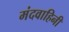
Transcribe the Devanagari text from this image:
मंदवाहिनी